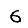
Digit: 6